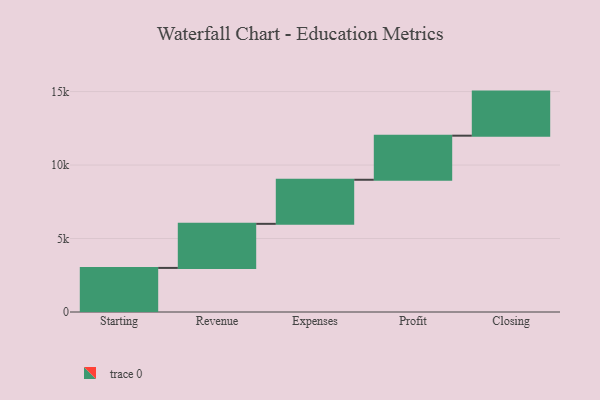
{"axis": {"x": "Step", "y": "Value"}, "legend": [""], "data": [{"x": "Starting", "y": 3000, "type": ""}, {"x": "Revenue", "y": 3000, "type": ""}, {"x": "Expenses", "y": 3000, "type": ""}, {"x": "Profit", "y": 3000, "type": ""}, {"x": "Closing", "y": 3000, "type": ""}]}